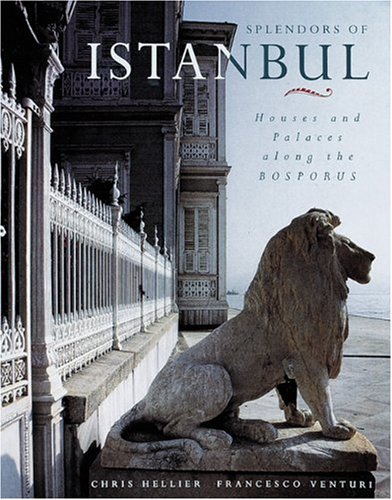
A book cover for Splendors of Istanbul: Houses and Palaces Along the Bosporus; Chris Hellier; Travel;